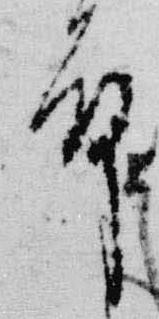
殿